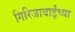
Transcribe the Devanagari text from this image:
गिरिजाबाईंच्या